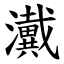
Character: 瀻